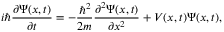
i \hbar \frac { \partial \Psi ( x , t ) } { \partial t } = - \frac { \hbar ^ { 2 } } { 2 m } \frac { \partial ^ { 2 } \Psi ( x , t ) } { \partial x ^ { 2 } } + V ( x , t ) \Psi ( x , t ) ,